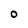
Character: O